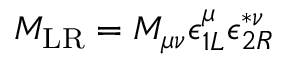
{ \cal M } _ { \mathrm { L R } } = M _ { \mu \nu } \epsilon _ { 1 L } ^ { \mu } \epsilon _ { 2 R } ^ { * \nu }